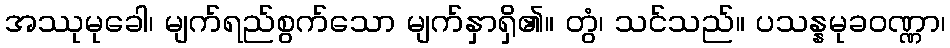
အဿုမုခေါ၊ မျက်ရည်စွက်သော မျက်နှာရှိ၏။ တွံ၊ သင်သည်။ ပသန္နမုခဝဏ္ဏာ၊